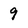
Character: 9